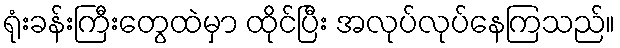
ရုံးခန်းကြီးတွေထဲမှာ ထိုင်ပြီး အလုပ်လုပ်နေကြသည်။